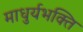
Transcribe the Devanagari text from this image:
माधुर्यभक्ति